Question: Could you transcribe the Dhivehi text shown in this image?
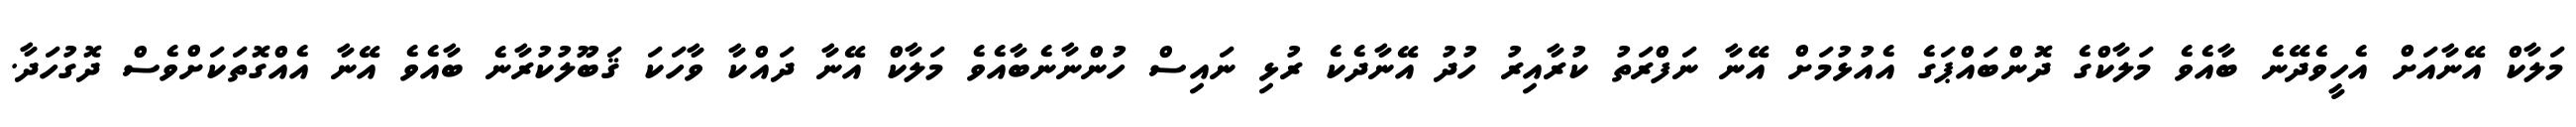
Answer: މަލާކް އޭނާއަށް އެހީވެދޭނެ ބާއެވެ މަލާކްގެ ދޮންބައްޕަގެ އެއުޅުމަށް އޭނާ ނަފްރަތު ކުރާއިރު ހުދު އޭނާދެކެ ރުޅި ނައިސް ހުންނާނެބާއެވެ މަލާކް އޭނާ ދައްކާ ވާހަކަ ޤަބޫލުކުރާނެ ބާއެވެ އޭނާ އެއްގޮތަކަށްވެސް ދޮގުހަދާ.